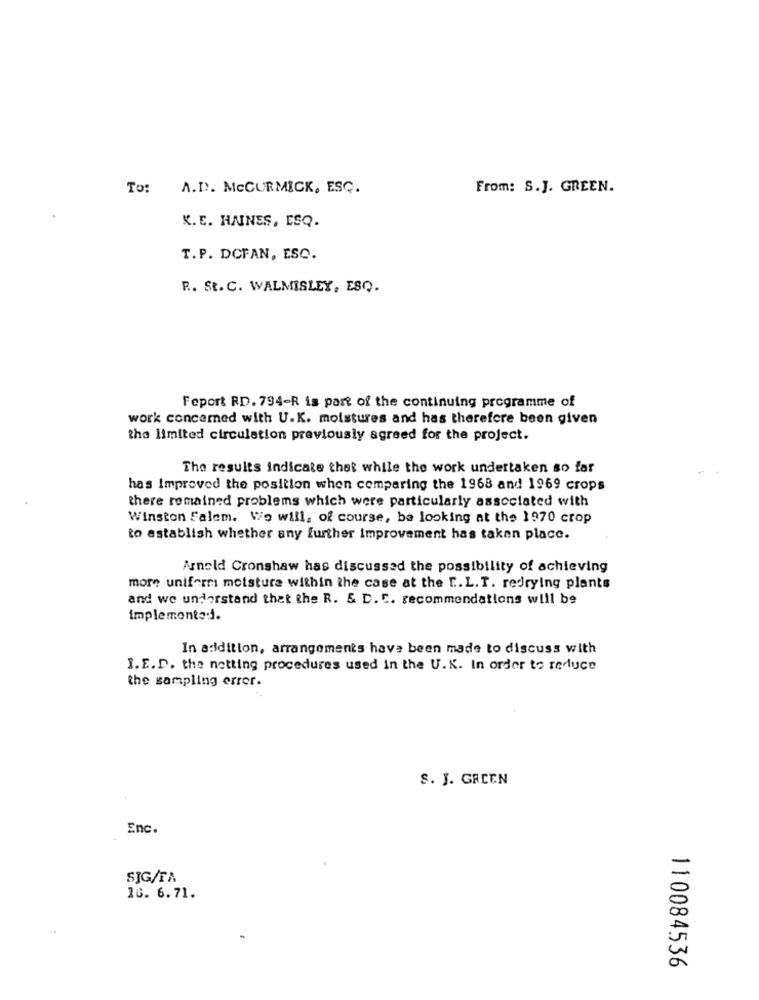
To: A.D. MeCURMICK, ESQ.
From: S.J. GREEN.
K. E. HAINES, ESQ.
T.P. DCFAN, ESC.
R. St. C. WALMISLEY, ESQ.
Feport RD. 794-R is part of the continuing programme of
work concerned with U.K. moistures and has therefere been given
the limited circulation previously agreed for the project.
The results indicate that while the work undertaken so far
has Improved the position when comparing the 1968 and 1969 crops
there remained problems which were particularly associated with
Winston Falem. We will, of course, be looking at the 1970 crop
to establish whether any further improvement has taken place.
Arnold Cronshaw has discussed the possibility of achieving
more uniformi moisture within the case at the [ .. L.T. redrying plants
and we understand that the R. & D. C. recommendations will be
implementedd.
In addition, arrangements have been made to discuss with
I.E.D. the netting procedures used In the U.K. In order to reduce
the sampling errer.
S. J. GREEN
Enc.
SIG/FA
16. 6.71.
110084536